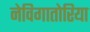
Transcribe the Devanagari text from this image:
नेविगातोरिया